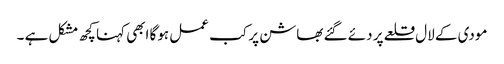
مودی کے لال قلعے پر دئے گئے بھاشن پر کب عمل ہوگا ابھی کہنا کچھ مشکل ہے ۔